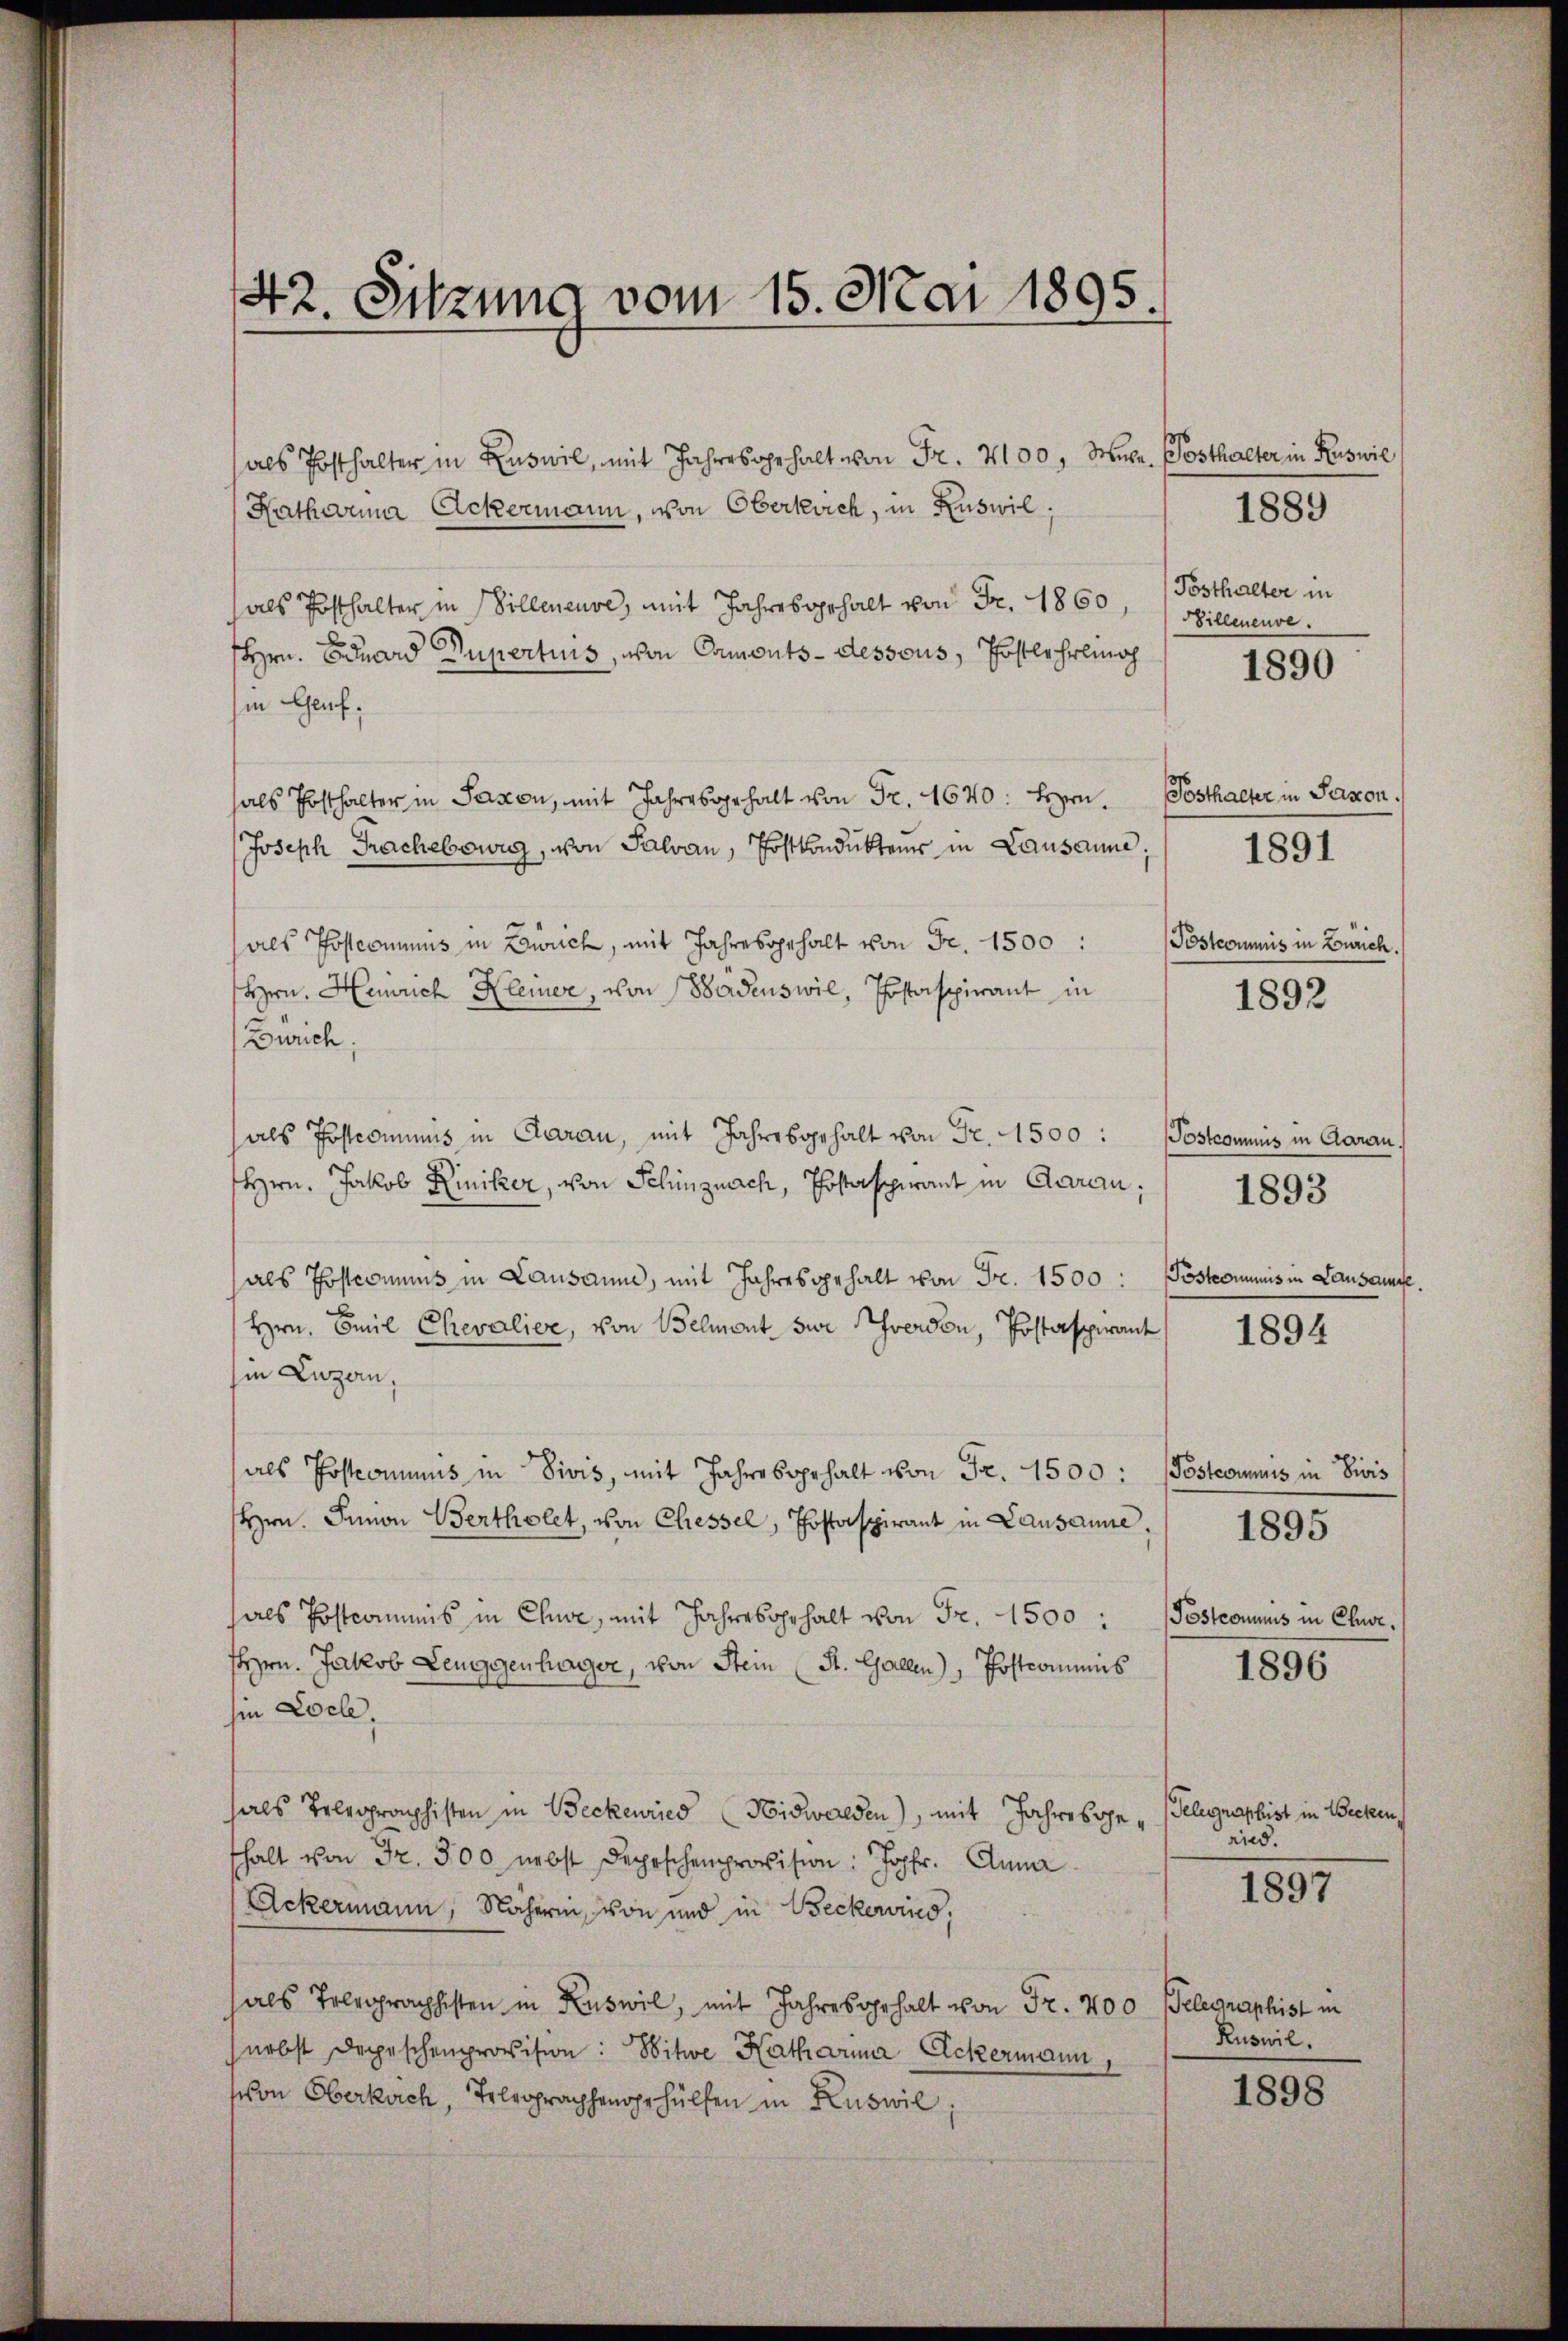
42. Sitzung vom 15. Mai 1895.

als Posthalter in Auswil, mit Jahresgehalt von Fr. 4100, Migr. Posthalter in Ruswie
Katharina Ackermann, von Oberkrich, in Ruswil,
als Posthalter in Villeneuve, mit Jahresgehalt von Fr. 1860, (Posthalter in
Hrn. Eduard Supertius, von Camonts-dessous, Postlehrlingh
in Genf.
hals Posthalter in Saxon, mit Jahresgehalt von Fr. 4640: Herrn
Joseph Trachebowig, von Salvan, Postkondukteur in Lausanne;
aes Postcommis in Zürich, mit Jahresgehalt von Fr. 1500 :
Hrrn. Heinrich Kleiner, von Badenswil, Postaspirant in
Zürich;
als Postcommis in Caran, mit Jahresgehalt von Fr. 1500:
Hrrn. Jakob Riniker, von Schinznach, Postaspirant in Garan:
als Postcommis in Lausanne, mit Jahresgehalt von Fr. 1500:
Hrn. Emil Chevalier, von Belmont sie verden, Postaspirant
in Luzern,
als Postcommus in Divis, mit Jahres gehalt von Fr. 1500:
Hrn. Finion Bertholet, von Chiessel, Thostaspirant in Lausanne,
als Postcomminis in Chwe, mit Jahresgehalt von Fr. 1500 : „Postcommis in Chur,
sHrn. Jakob Leuggenhager, von Stein (St. Gallen), Postcommis
hin Loche,
hals Telegraphisten in Beckenried Nidwalden), mit Jahresgefhalt von Fr. 300 nebst Depeschenprovision: Johr. Anna
Ackermann, Näheren, von und in Becke wird,
als Telegraphisten in Ruswil, mit Jahresgehalt von Fr. 400 Telegraphist in
nebst Depeschenprovision: Witwe Katharner Ackermann,
(von Oberkach, Telegraphengehülfen in Ruswil,

1889

Billeneuve

1890

Posthalter in Saxon.
1891

Poskommnis in Zürich.

1892

Postcommis in Claran.
Pöstcommis in Lausamme

1893

1894

Posteamuis in Divis

1895

1896

Telegraphist in Becken,
rid.

1897

Ruswil.

1898